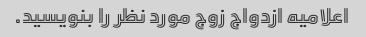
اعلامیه ازدواج زوج مورد نظر را بنویسید.